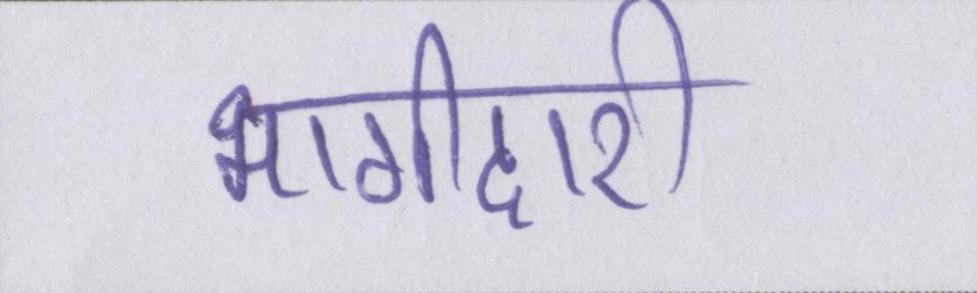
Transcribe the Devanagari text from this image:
भागीदारी